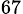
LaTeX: _{67}